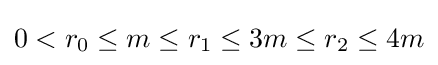
0<r_{0}\leq {m}\leq r_{1}\leq 3{m}\leq r_{2}\leq 4{m}